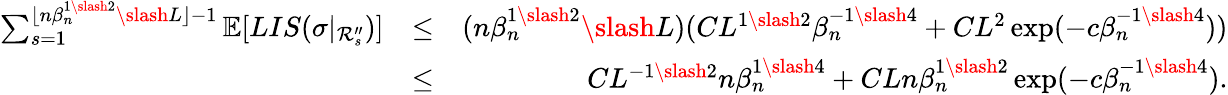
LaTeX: \begin{array}{rlr}{\sum_{s=1}^{\lfloor n\beta_{n}^{1\slash 2}\slash L\rfloor-1}\mathbb{E}[LIS(\sigma|_{\mathcal{R}_{s}^{\prime\prime}})]}&{\leq}&{(n\beta_{n}^{1\slash 2}\slash L)(CL^{1\slash 2}\beta_{n}^{-1\slash 4}+CL^{2}\exp(-c\beta_{n}^{-1\slash 4}))}\\ &{\leq}&{CL^{-1\slash 2}n\beta_{n}^{1\slash 4}+CLn\beta_{n}^{1\slash 2}\exp(-c\beta_{n}^{-1\slash 4}).}\end{array}